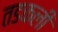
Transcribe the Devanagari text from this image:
तडकली